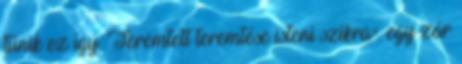
tűnik ez így. Teremtett teremtése isteni szikra=. egy zár